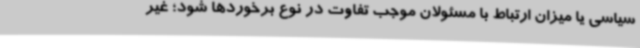
سیاسی یا میزان ارتباط با مسئولان موجب تفاوت در نوع برخوردها شود؛ غیر